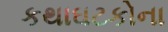
કથાઘટકોના